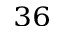
^ { 3 6 }